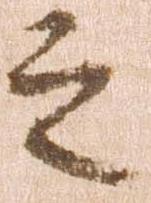
之